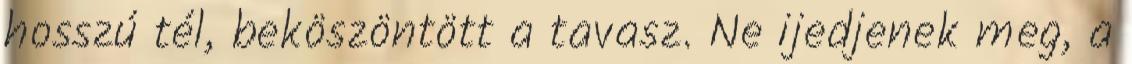
hosszú tél, beköszöntött a tavasz. Ne ijedjenek meg, a